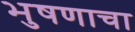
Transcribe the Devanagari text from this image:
भुषणाचा